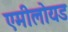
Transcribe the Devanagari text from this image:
एमीलोयड